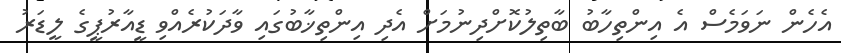
އެހެން ނަވަމެސް އެ އިންތިހާބު ބާތިލުކޮށްދިނުމަށް އެދި އިންތިޚާބުގައި ވާދަކުރެއްވި ޑީއާރުޕީގެ ލީޑަރު